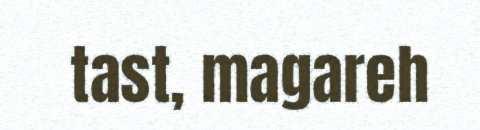
tast, magareh